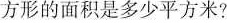
方形的面积是多少平方米?